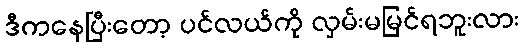
ဒီကနေပြီးတော့ ပင်လယ်ကို လှမ်းမမြင်ရဘူးလား